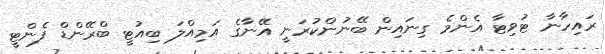
ރައިހާނާ ޓުވިޓާ އެންމެ ގިނައިން ބޭނުންކުރަނީ އޭނާގެ އަމިއްލަ ބިއުޓީ ބްރޭންޑް ފެންޓީ